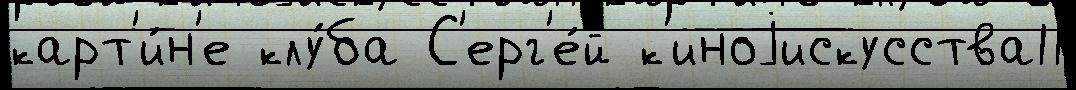
карт'и́н'е клу́ба С'ерг'е́й к'иноjискусства11